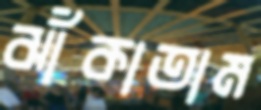
ঝাঁকাতাম